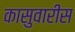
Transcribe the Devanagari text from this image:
कासुवारीस